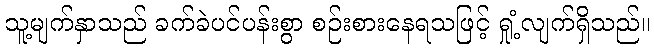
သူ့မျက်နှာသည် ခက်ခဲပင်ပန်းစွာ စဉ်းစားနေရသဖြင့် ရှုံ့လျက်ရှိသည်။